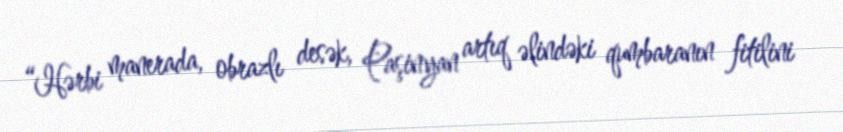
“Hərbi manerada, obrazlı desək, Paşinyan artıq əlindəki qumbaranın fitilini